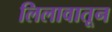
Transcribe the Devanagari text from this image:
लिलावातून